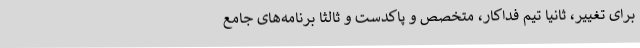
برای تغییر، ثانیاً تیم فداکار، متخصص و پاکدست و ثالثا برنامه‌های جامع